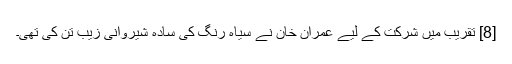
[8] تقریب میں شرکت کے لیے عمران خان نے سیاہ رنگ کی سادہ شیروانی زیب تن کی تھی۔